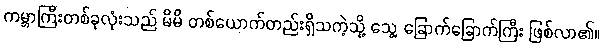
ကမ္ဘာကြီးတစ်ခုလုံးသည် မိမိ တစ်ယောက်တည်းရှိသကဲ့သို့ သွေ့ ခြောက်ခြောက်ကြီး ဖြစ်လာ၏။